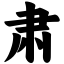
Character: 肃